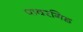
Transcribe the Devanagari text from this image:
पावरगिड